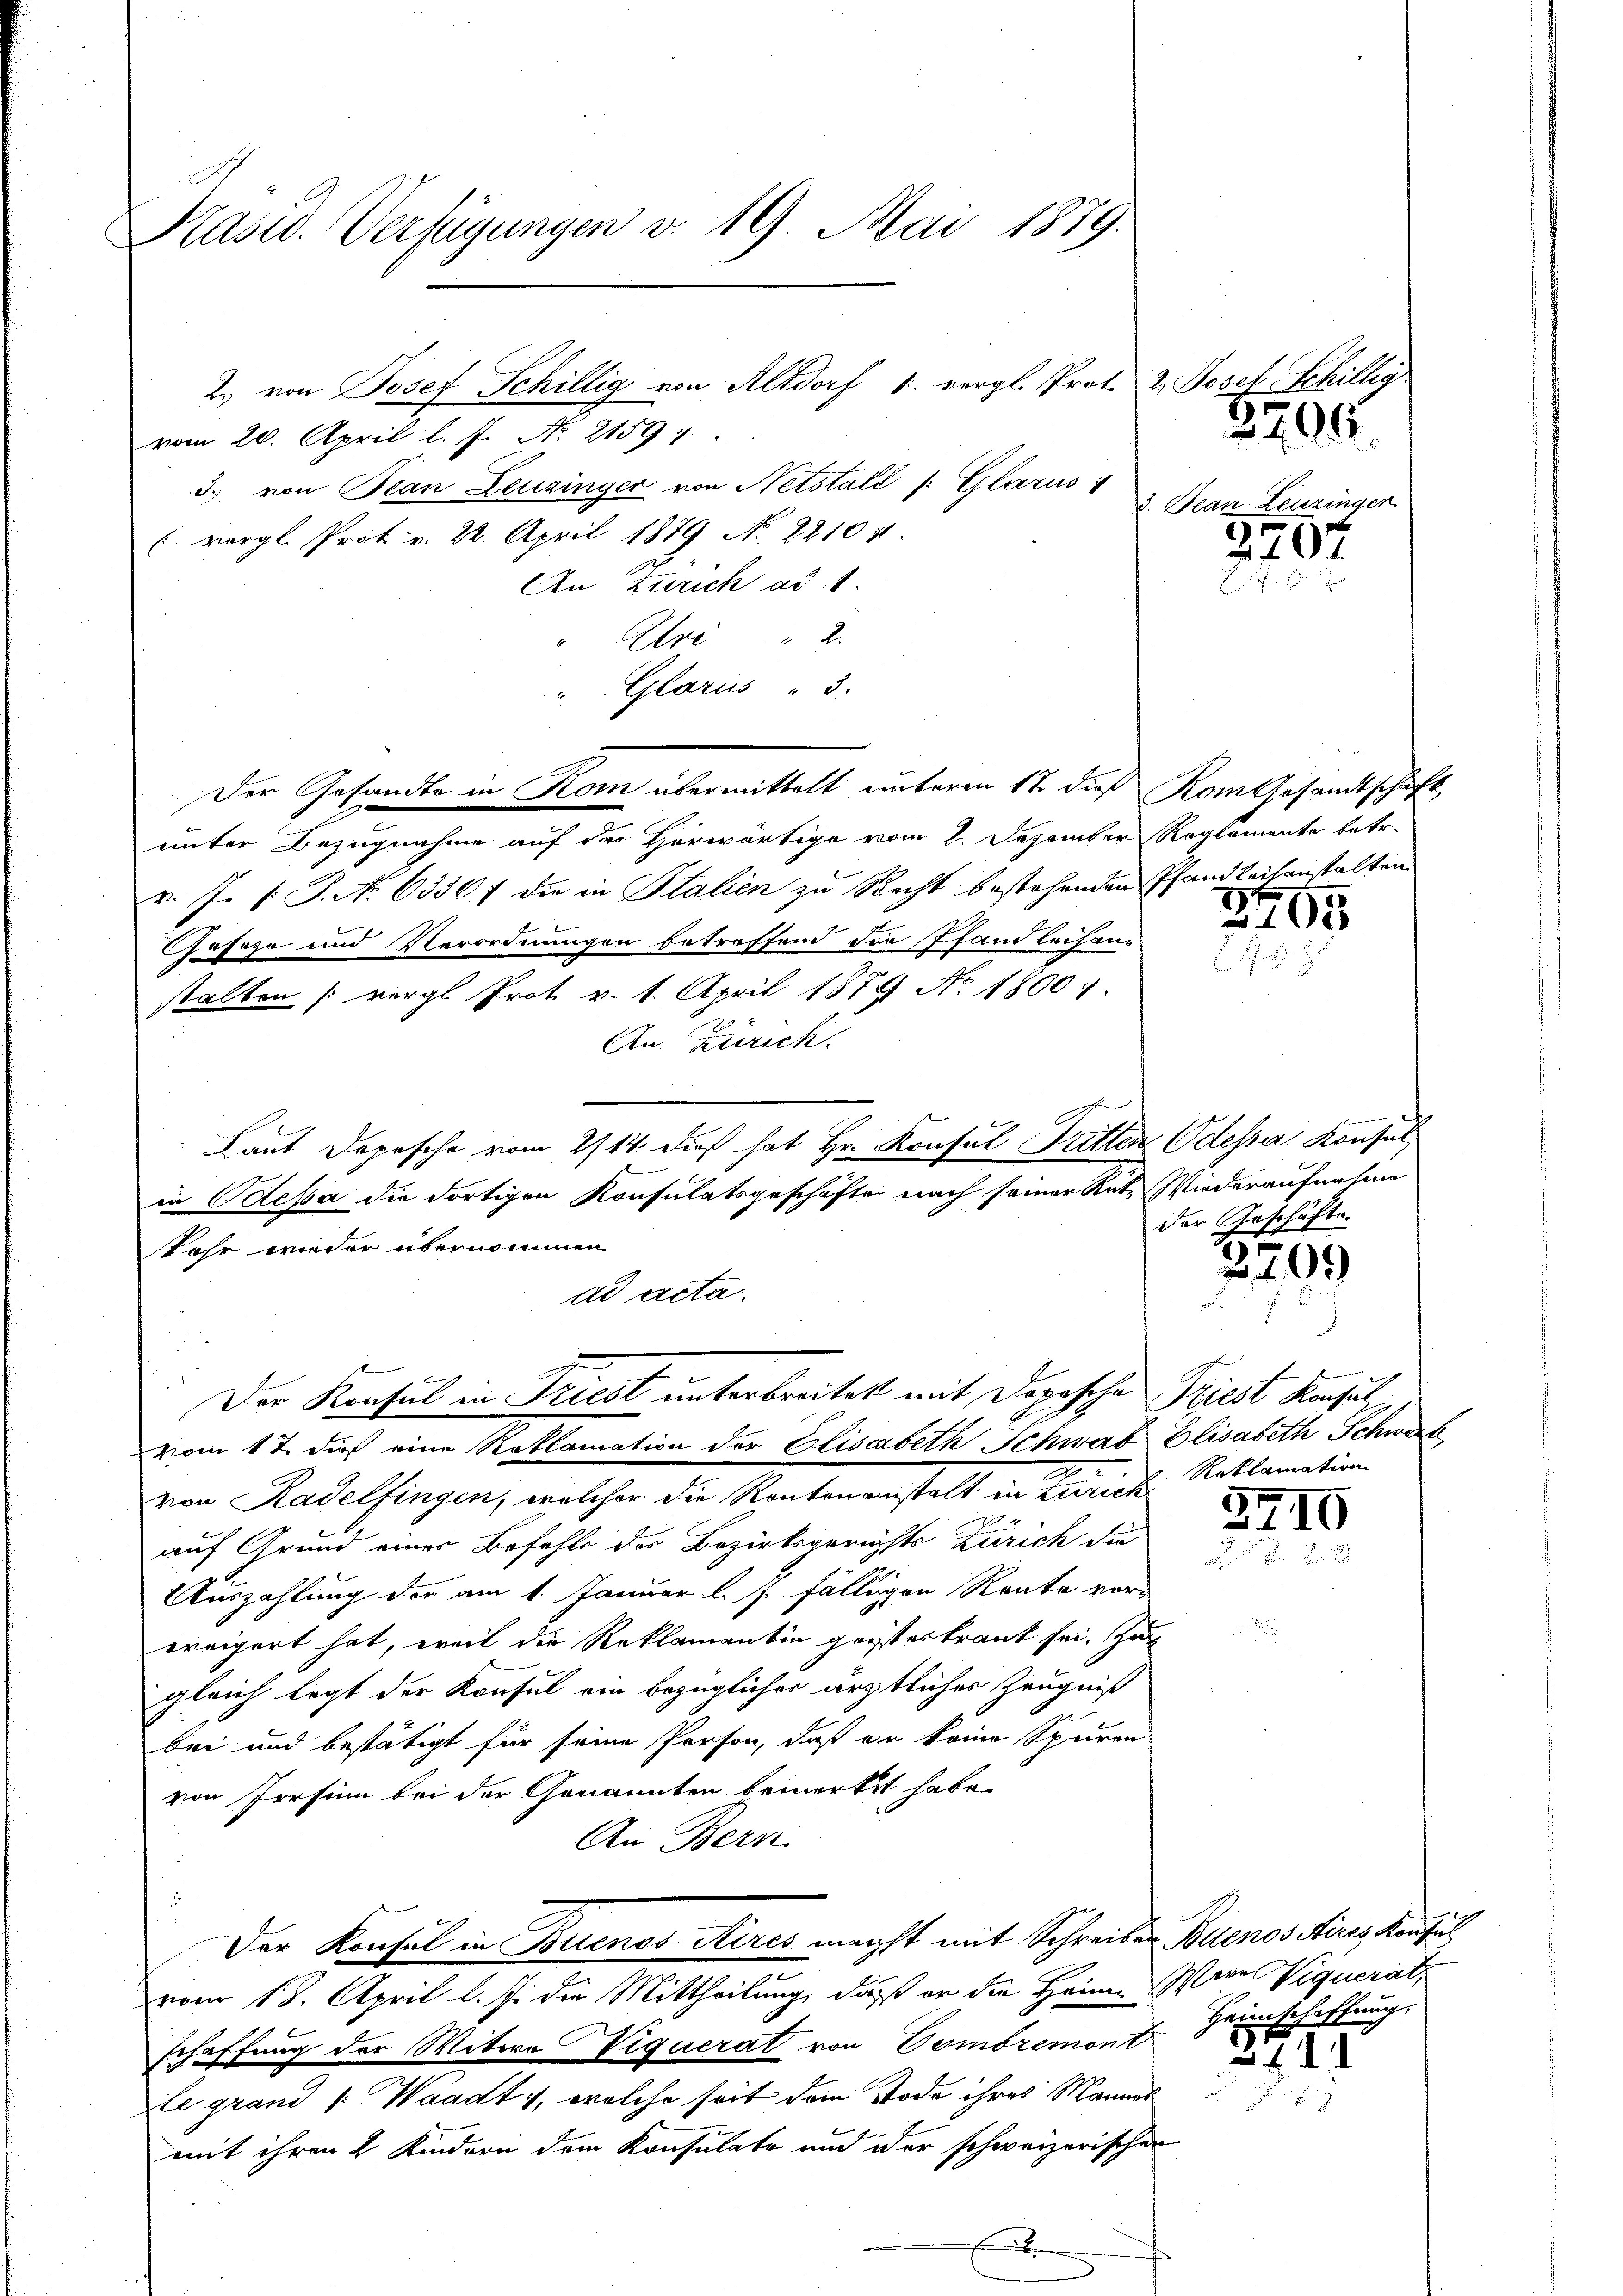
vom 20. April l. J. No. 21597
3. von Bean Leuzinger von Netstalt /: Glarus:
(vergl. Prot. v. 22. April 1879 No 22104.
An Zürich ad 1
Eri " 2
" Glarus - 3.
unter Bezugnahme auf das Herwärtige vom 2. Dezember Reglemente betr.
v. J. (T. No 6330 f die in Stalien zu Recht bestehenden Pfandleihanstalten
Geseze und Verordnungen betreffend die Pfand leihane-
stalten (vergl. Prot. v. 1. April 1879 No 1800.
An Zürich.
Laut Depesche vom 2/14. dieß hat Hr. Konsul Tritten Odessa Konsul
in Odessa die dortigen Konsulatsgeschäfte nach seiner Retz Wiederaufnahme
Jahr wieder übernommen
ad acta.
Der Konsul in Triest unterbreitet mit Depesche Priest Konsulvom 17. dieß eine Reklamation der Elisabeth Schwab Elisabeth Schwab
von Kadelfingen, welcher die Rentenanstalt in Zürich Reklamation
auf Grund einer Befehle der Bezirksgerichts Zürich die
Auszahlung der am 1. Januar l. J. fälligen Rente vor-
ereigert hat, weil die Reklamantin geistertraut sei. Zur
gleich legt der Konsul ein bezüglicher ärztliches Zeugniß
bei und bestätigt für seine Person, daß er keine Spuren
von Irrsinn bei der Genannten bemerkt habe.
An Bern.
Der Konsul in Buenos Aires magst mit Schreiben Buenos Aires Konfus
vom 18. April l. J. die Mittheilung, daß er die Heim Were Viquerate
schaffung der Witwe Viquerat von Combremont einschaffung.
le grand /: Waadt, welche seit dem Tode ihres Mannes
mit ihren 2 Kindern dem Konsulate und oder schweizerischen
E
d

Pasw. Verfügungen v. 19. Mai 1879.

2. von Josef Schillig von Altdorf 1. vergl. Prot. & Josef Schillig

Der Gesandte in Kom übermittelt unterm 17. dieß Kom Gesandtschaft

406.
3. Plan Leuzinger

2207

3495

der Geschäfte.

2299

3210

.